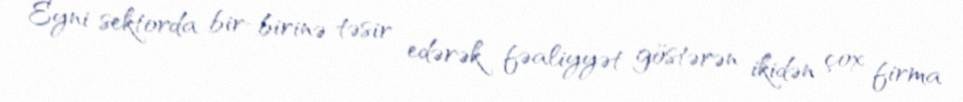
Eyni sektorda bir-birinə təsir edərək fəaliyyət göstərən ikidən çox firma